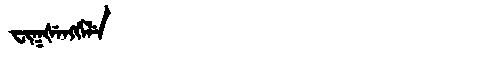
Manchu: ᠸᡳᡴᡧᡝᠩᡤᡝᠯᡝ
Romanization: FIKŠENGGELE